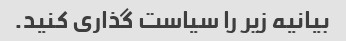
بیانیه زیر را سیاست گذاری کنید.